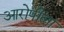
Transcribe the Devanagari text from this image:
आरोपीला